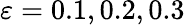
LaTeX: \varepsilon=0.1,0.2,0.3